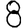
Digit: 8